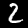
Digit: 2